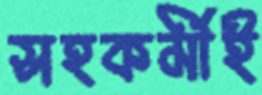
সহকর্মীই